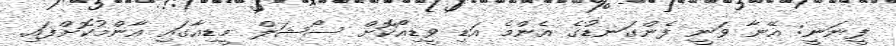
ފީނަނީ: އޭނާ ވަނީ ފެންގަނޑުގެ އެންމެ އަޑި ވީޑިއޯކޮށް ސޯޝަލް މީޑިއާގައި އާންމުކޮށްފައި.